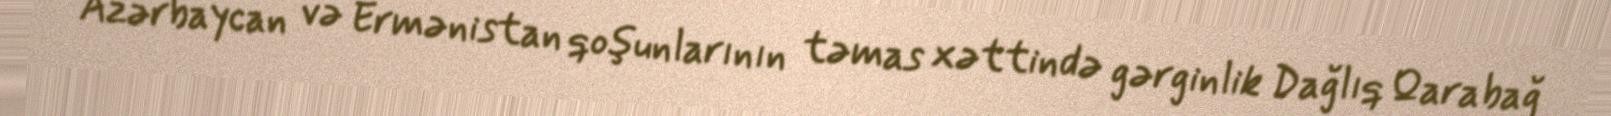
Azərbaycan və Ermənistan qoşunlarının təmas xəttində gərginlik Dağlıq Qarabağ